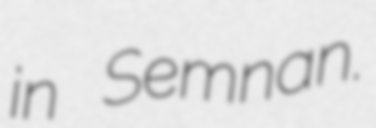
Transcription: in Semnan.